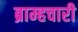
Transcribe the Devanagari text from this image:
ब्राम्हचारी